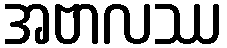
အဗာလဿ